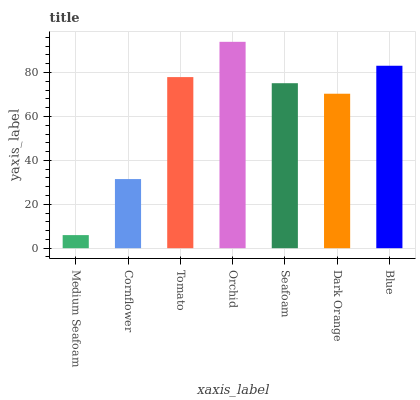
| xaxis_label | bars |
 | --- | --- |
 | Medium Seafoam | 5.96 |
 | Cornflower | 31.5 |
 | Tomato | 77.9 |
 | Orchid | 94 |
 | Seafoam | 75.1 |
 | Dark Orange | 70.4 |
 | Blue | 83.1 |